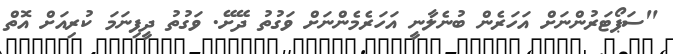
"ސަޕޯޓަރުންނަށް އަހަރެން ބުނެލާނީ އަހަރެމެންނަށް ވަގުތު ދޭށޭ. ވަގުތު ދީފިނަމަ ކުރިއަށް އޮތް